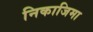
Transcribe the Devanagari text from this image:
निकाजिमा